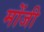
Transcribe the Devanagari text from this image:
मोंजी